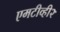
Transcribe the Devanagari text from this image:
एमटीव्ही२